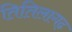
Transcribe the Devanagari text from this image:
तितिलागढ़